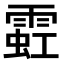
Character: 𫕩